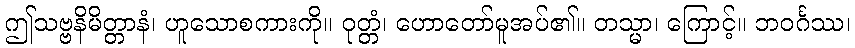
ဤသဗ္ဗနိမိတ္တာနံ၊ ဟူသောစကားကို။ ဝုတ္တံ၊ ဟောတော်မူအပ်၏။ တသ္မာ၊ ကြောင့်။ ဘဝင်္ဂဿ၊